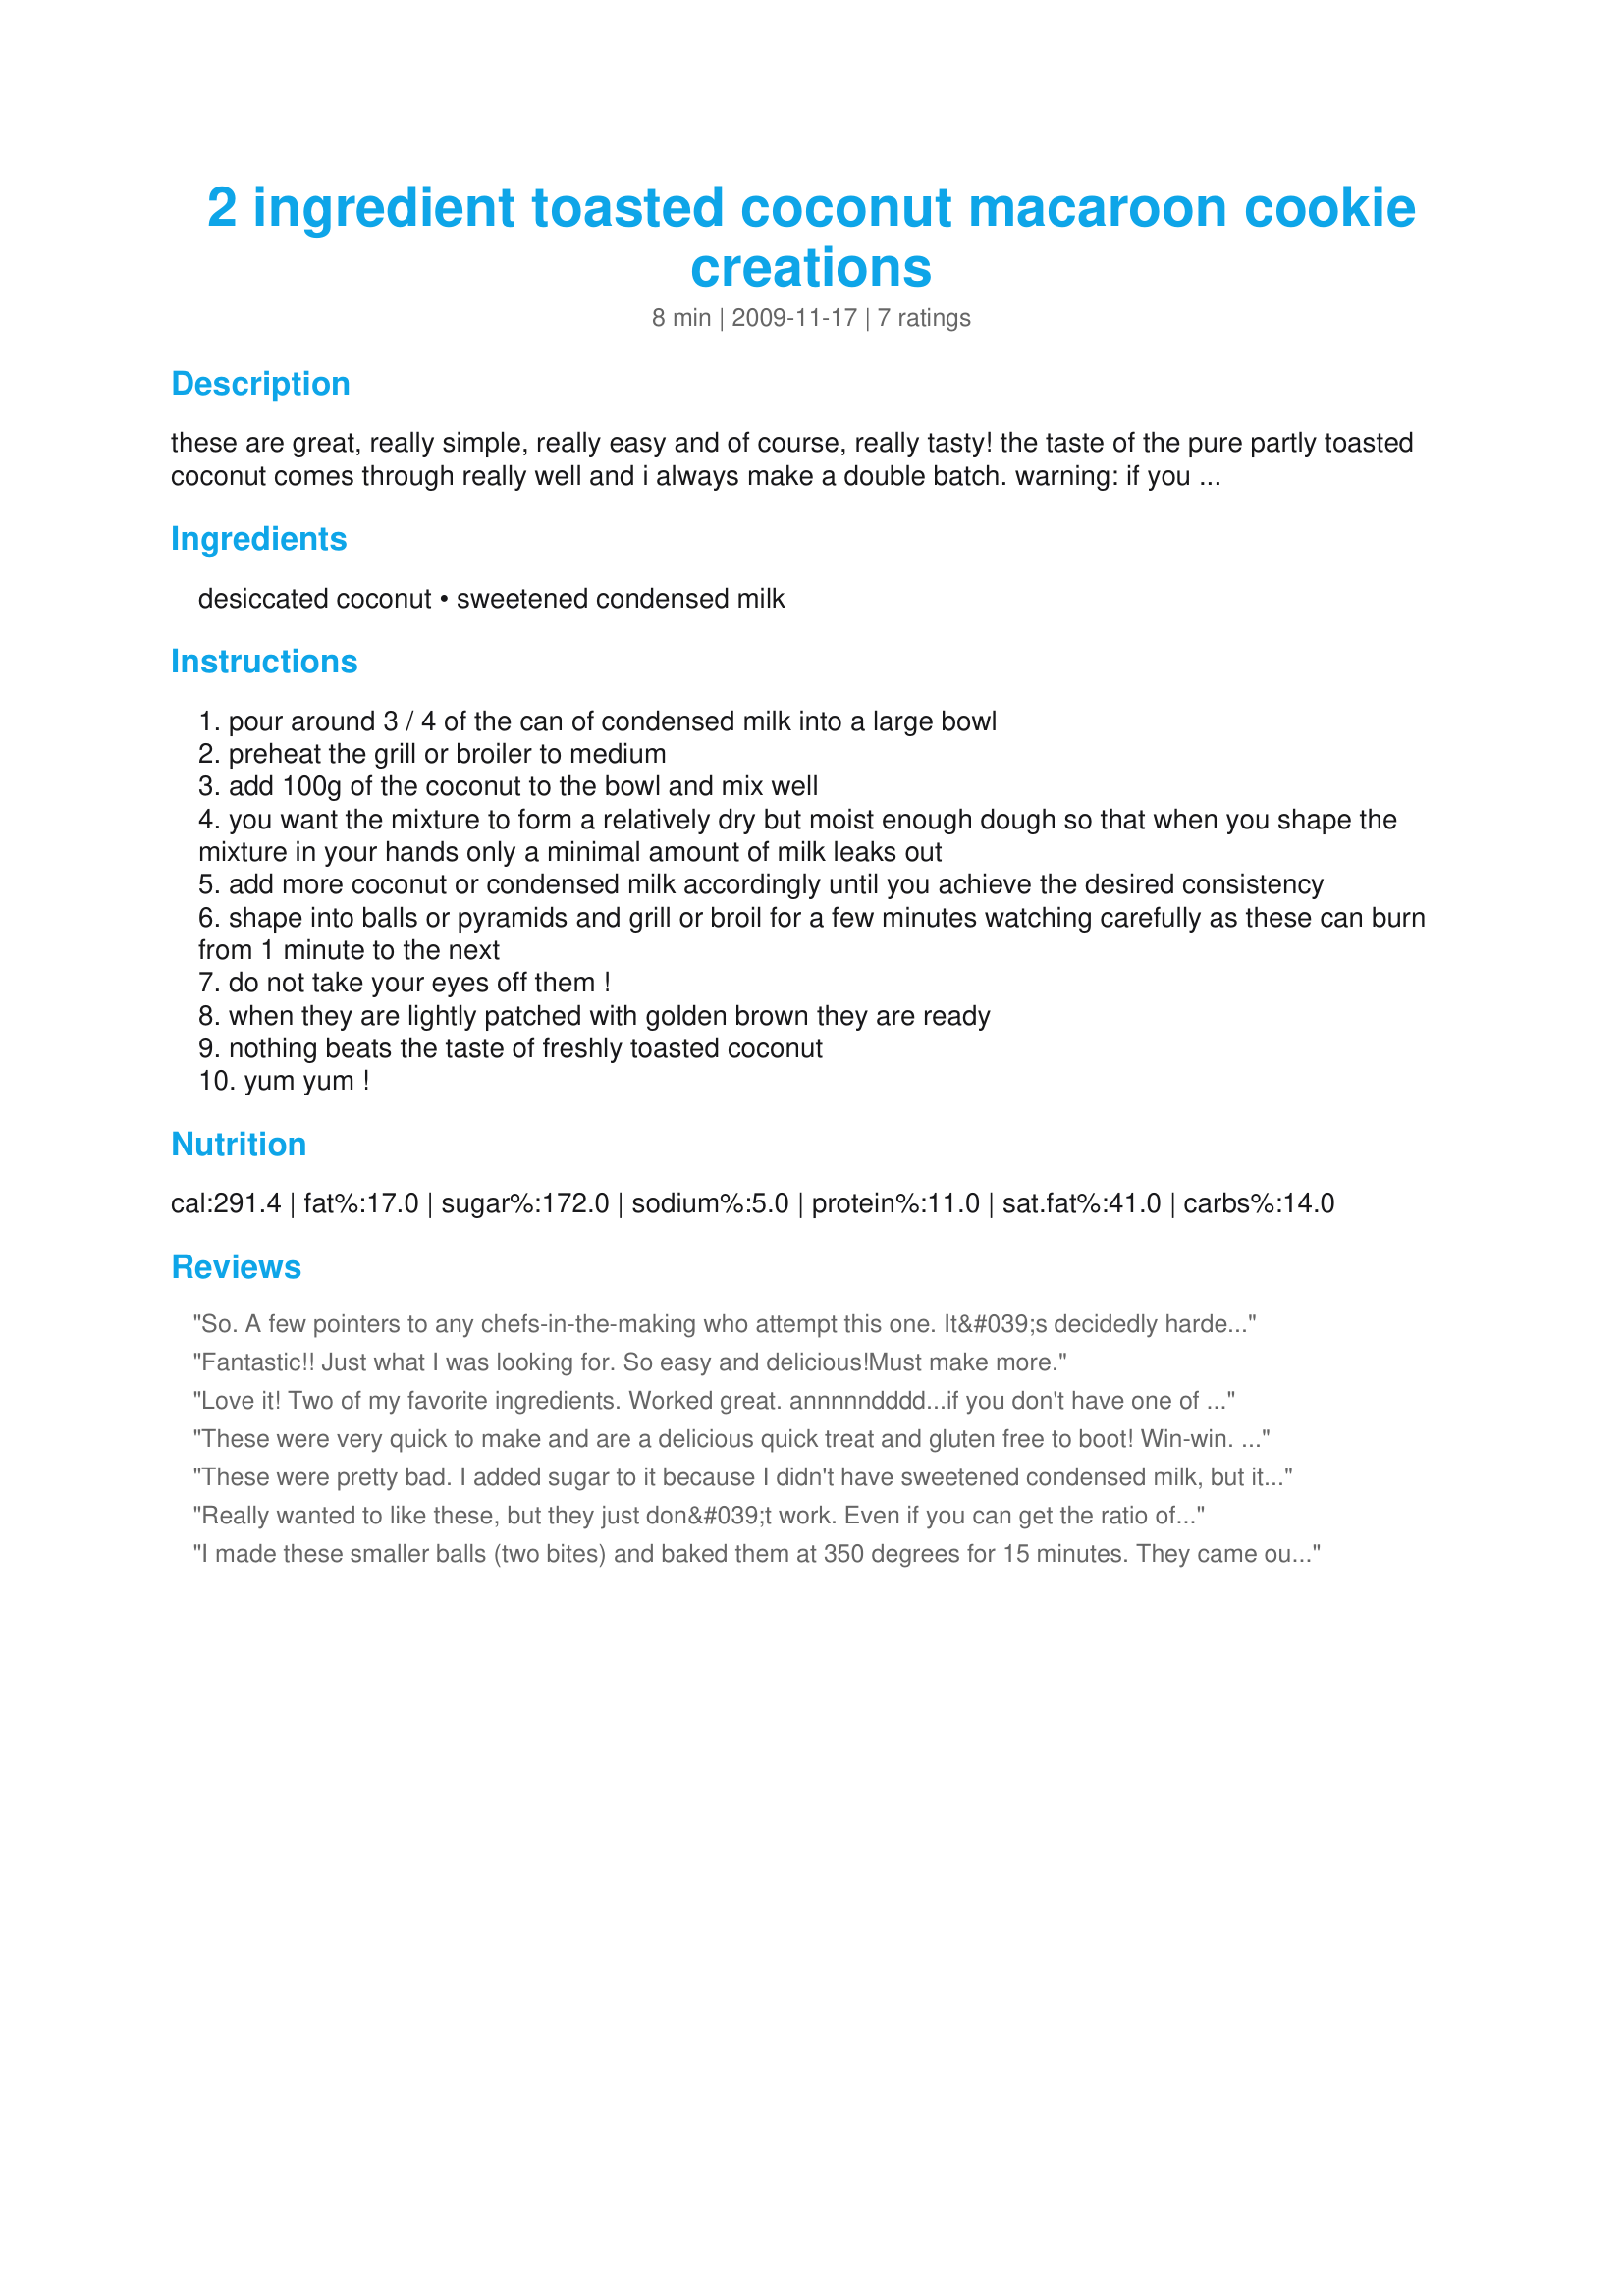
2 ingredient toasted coconut macaroon cookie creations
Preparation time: 8 minutes

these are great, really simple, really easy and of course, really tasty! the taste of the pure partly toasted coconut comes through really well and i always make a double batch. warning: if you don't like coconut, make something else!

Ingredients:
desiccated coconut, sweetened condensed milk

Steps:
pour around 3 / 4 of the can of condensed milk into a large bowl
preheat the grill or broiler to medium
add 100g of the coconut to the bowl and mix well
you want the mixture to form a relatively dry but moist enough dough so that when you shape the mixture in your hands only a minimal amount of milk leaks out
add more coconut or condensed milk accordingly until you achieve the desired consistency
shape into balls or pyramids and grill or broil for a few minutes watching carefully as these can burn from 1 minute to the next
do not take your eyes off them !
when they are lightly patched with golden brown they are ready
nothing beats the taste of freshly toasted coconut
yum yum !

Reviews:
So. A few pointers to any chefs-in-the-making who attempt this one. It&#039;s decidedly harder than it looks. If your oven doubles as a broiler, do this: put the macaroons on a cooling rack, put the cooling rack on a cookie sheet, and put that in the oven. If you only have high/low settings, choose low. Keep the macaroons SMALL - shorter is better, I haven&#039;t tried it but maybe you can make them more cookie shaped than truffle shaped. If you can&#039;t find unsweetened coconut - which my ACME was convinced did not exist - have no fear, sweetened Baker&#039;s is fine. I guess that&#039;s about it. My sister and I made them together and only the tops of each macaroon were edible, unfortunately, but the tops were delicious! So, best of luck.
Fantastic!! Just what I was looking for. So easy and delicious!Must make more.
Love it! Two of my favorite ingredients. Worked great.<br/><br/> annnnndddd...if you don't have one of the only 2 ingredients needed, don't comment.
These were very quick to make and are a delicious quick treat and gluten free to boot! Win-win. I was going to give it 4 stars, but added the extra star to counter the person who rated a two ingredient recipe with one star when THEY WERE OUT OF ONE INGREDIENT. It only had TWO ingredients to start with.
These were pretty bad. I added sugar to it because I didn't have sweetened condensed milk, but it was not good. The insides remained moist and uncooked even though they were brown from the outside.
Really wanted to like these, but they just don&#039;t work. Even if you can get the ratio of coconut to milk right, there&#039;s no binder to hold it together. The outside gets toasted, but there isn&#039;t anything to keep the inside tight. A regular recipe only has five ingredients anyway (a little salt, some egg whites to bind and vanilla), so it&#039;s not a major undertaking. There&#039;s just not enough of a benefit here to overcome the issues.
I made these smaller balls (two bites) and baked them at 350 degrees for 15 minutes. They came out great. I was asked for the recipe multiple times. Thanks for posting.
